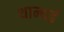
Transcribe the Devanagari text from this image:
थान्थई